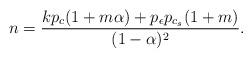
LaTeX: \begin{align*}n=\frac{kp_{c}(1+m\alpha)+p_{\epsilon}p_{c_{s}}(1+m)}{(1-\alpha)^{2}}.\end{align*}